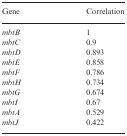
<table><thead><tr><td><b>Gene</b></td><td><b>Correlation</b></td></tr></thead><tbody><tr><td><i>mbtB</i></td><td>1</td></tr><tr><td><i>mbtC</i></td><td>0.9</td></tr><tr><td><i>mbtD</i></td><td>0.893</td></tr><tr><td><i>mbtE</i></td><td>0.858</td></tr><tr><td><i>mbtF</i></td><td>0.786</td></tr><tr><td><i>mbtH</i></td><td>0.734</td></tr><tr><td><i>mbtG</i></td><td>0.674</td></tr><tr><td><i>mbtI</i></td><td>0.67</td></tr><tr><td><i>mbtA</i></td><td>0.529</td></tr><tr><td><i>mbtJ</i></td><td>0.422</td></tr></tbody></table>